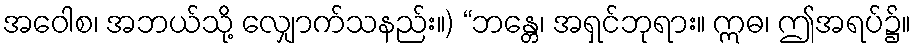
အဝေါစ၊ အဘယ်သို့ လျှောက်သနည်း။) “ဘန္တေ၊ အရှင်ဘုရား။ ဣဓ၊ ဤအရပ်၌။